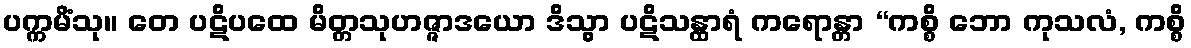
ပက္ကမိံသု။ တေ ပဋိပထေ မိတ္တသုဟဇ္ဇာဒယော ဒိသွာ ပဋိသန္ထာရံ ကရောန္တာ “ကစ္စိ ဘော ကုသလံ, ကစ္စိ